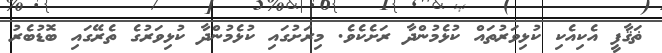
ޡަޤާފީ އެކިއެކި ކުޅިވަރުތައް ކުޅެމުންދާ ރަށެކެވެ. މިރަށުގައި ކުޅެމުންދާ ކުޅިވަރުގެ ތެރޭގައި ބޮޑުބެރު